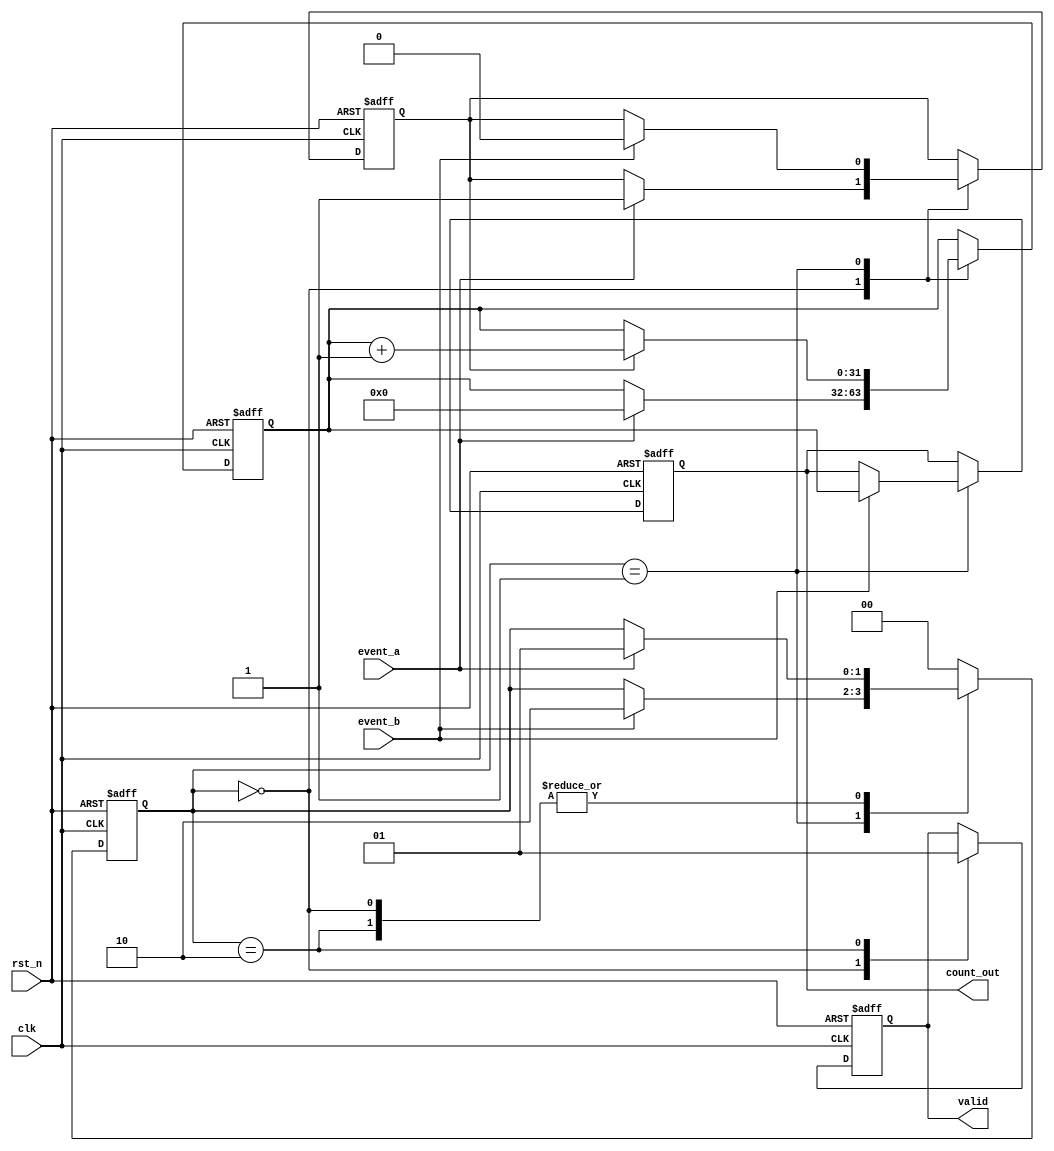
module SingleShotTDC (
    input wire clk,          // High-frequency clock
    input wire rst_n,       // Active-low reset
    input wire event_a,     // Event A input signal
    input wire event_b,     // Event B input signal
    output reg [31:0] count_out, // Measured time count output
    output reg valid          // Output valid signal
);

// Internal signals
reg [31:0] counter;       // Counter for clock cycles
reg counting;             // Counting enable signal

// State Machine States
localparam IDLE       = 2'b00;
localparam COUNT      = 2'b01;
localparam FINALIZE   = 2'b10;

reg [1:0] state;        // State variable

// Sequential Logic: State Machine and Counter
always @(posedge clk or negedge rst_n) begin
    if (!rst_n) begin
        state <= IDLE;
        counter <= 32'd0;
        count_out <= 32'd0;
        counting <= 1'b0;
        valid <= 1'b0;
    end else begin
        case (state)
            IDLE: begin
                // Wait for Event A
                valid <= 1'b0;
                if (event_a) begin
                    counter <= 32'd0; // Initialize counter
                    counting <= 1'b1; // Start counting
                    state <= COUNT;   // Move to counting state
                end
            end

            COUNT: begin
                // Count clock cycles while Event A is detected
                if (counting) begin
                    counter <= counter + 1; // Increment counter
                end

                // Check for Event B
                if (event_b) begin
                    counting <= 1'b0; // Stop counting
                    count_out <= counter; // Store the count value
                    state <= FINALIZE; // Move to finalize state
                end
            end

            FINALIZE: begin
                valid <= 1'b1; // Set output valid signal
                // Wait for next initialization
                if (event_a) begin
                    state <= COUNT; // Restart counting if a new Event A occurs
                end
            end

            default: state <= IDLE; // Safety default
        endcase
    end
end

endmodule